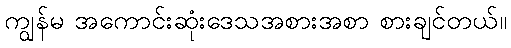
ကျွန်မ အကောင်းဆုံးဒေသအစားအစာ စားချင်တယ်။